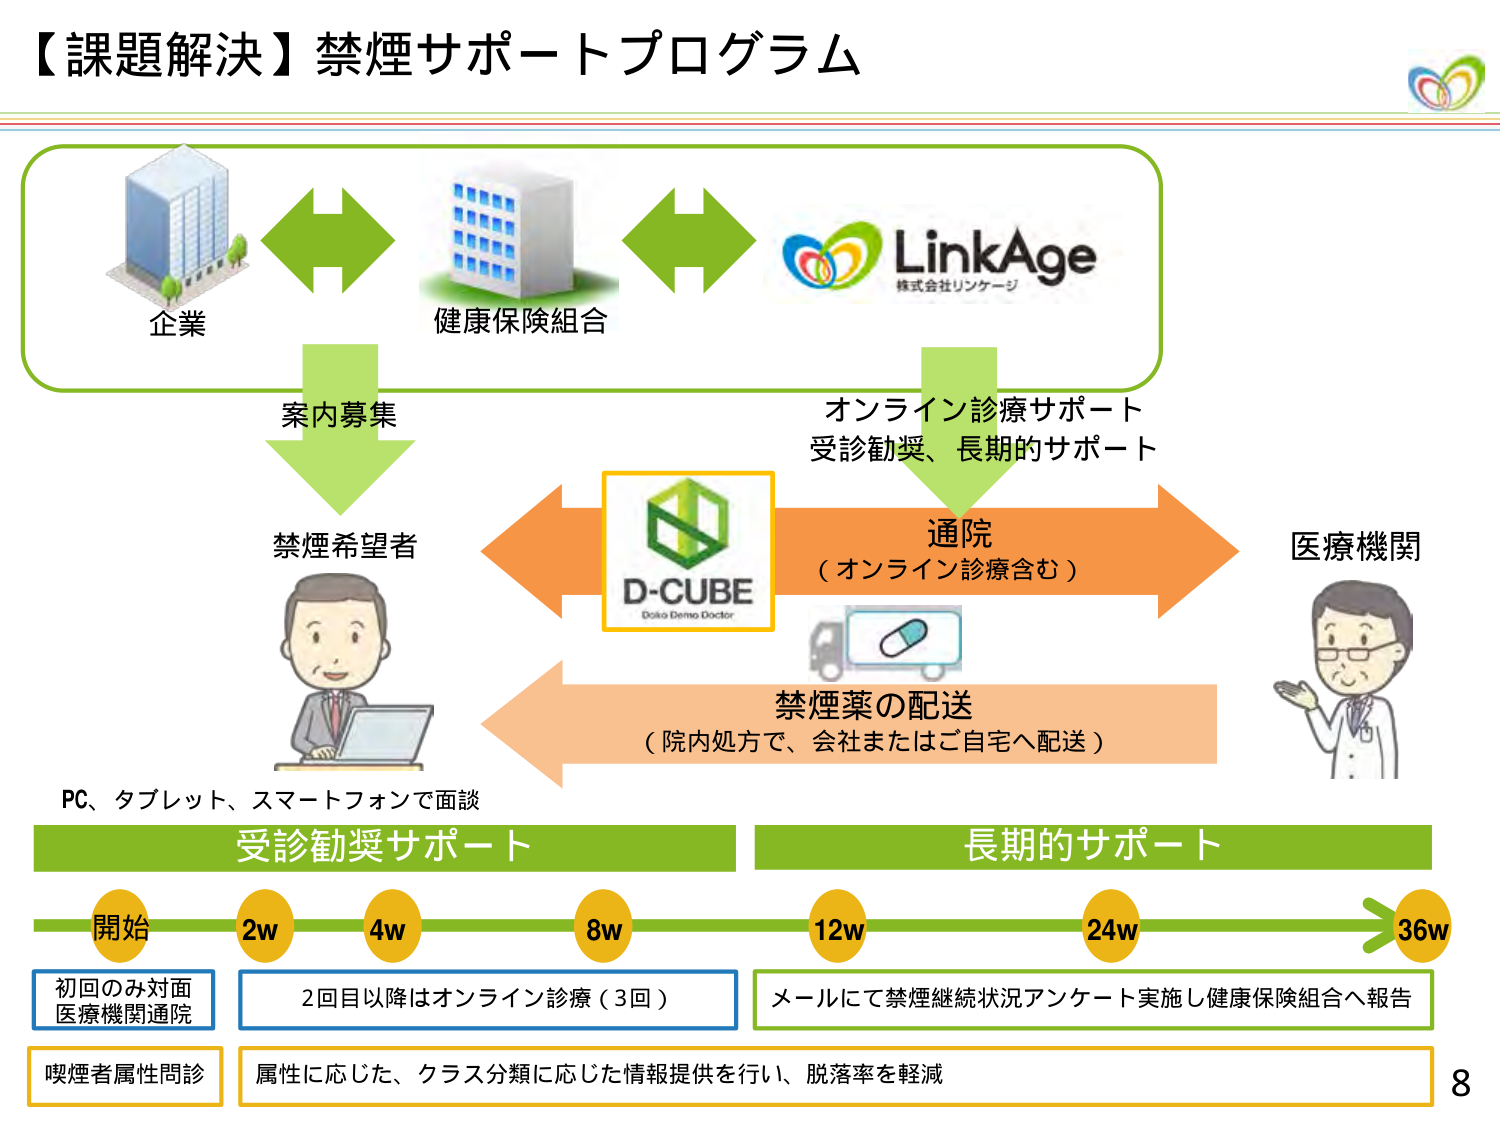
【課題解決】禁煙サポートプログラム

企業
健康保険組合
LinkAge
株式会社リンケージ

案内募集
オンライン診療サポート
受診勧奨、長期的サポート

禁煙希望者
D-CUBE
Doko Demo Doctor
通院
（オンライン診療含む）
医療機関

PC、タブレット、スマートフォンで面談
受診勧奨サポート
長期的サポート

開始
2w
4w
8w
12w
24w
36w

初回のみ対面
医療機関通院
2回目以降はオンライン診療（3回）
メールにて禁煙継続状況アンケート実施し健康保険組合へ報告

喫煙者属性問診
属性に応じた、クラス分類に応じた情報提供を行い、脱落率を軽減

禁煙薬の配送
（院内処方で、会社またはご自宅へ配送）

8